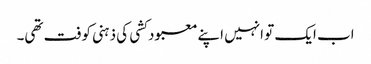
اب ایک تو انہیں اپنے معبود کشی کی ذہنی کوفت تھی۔